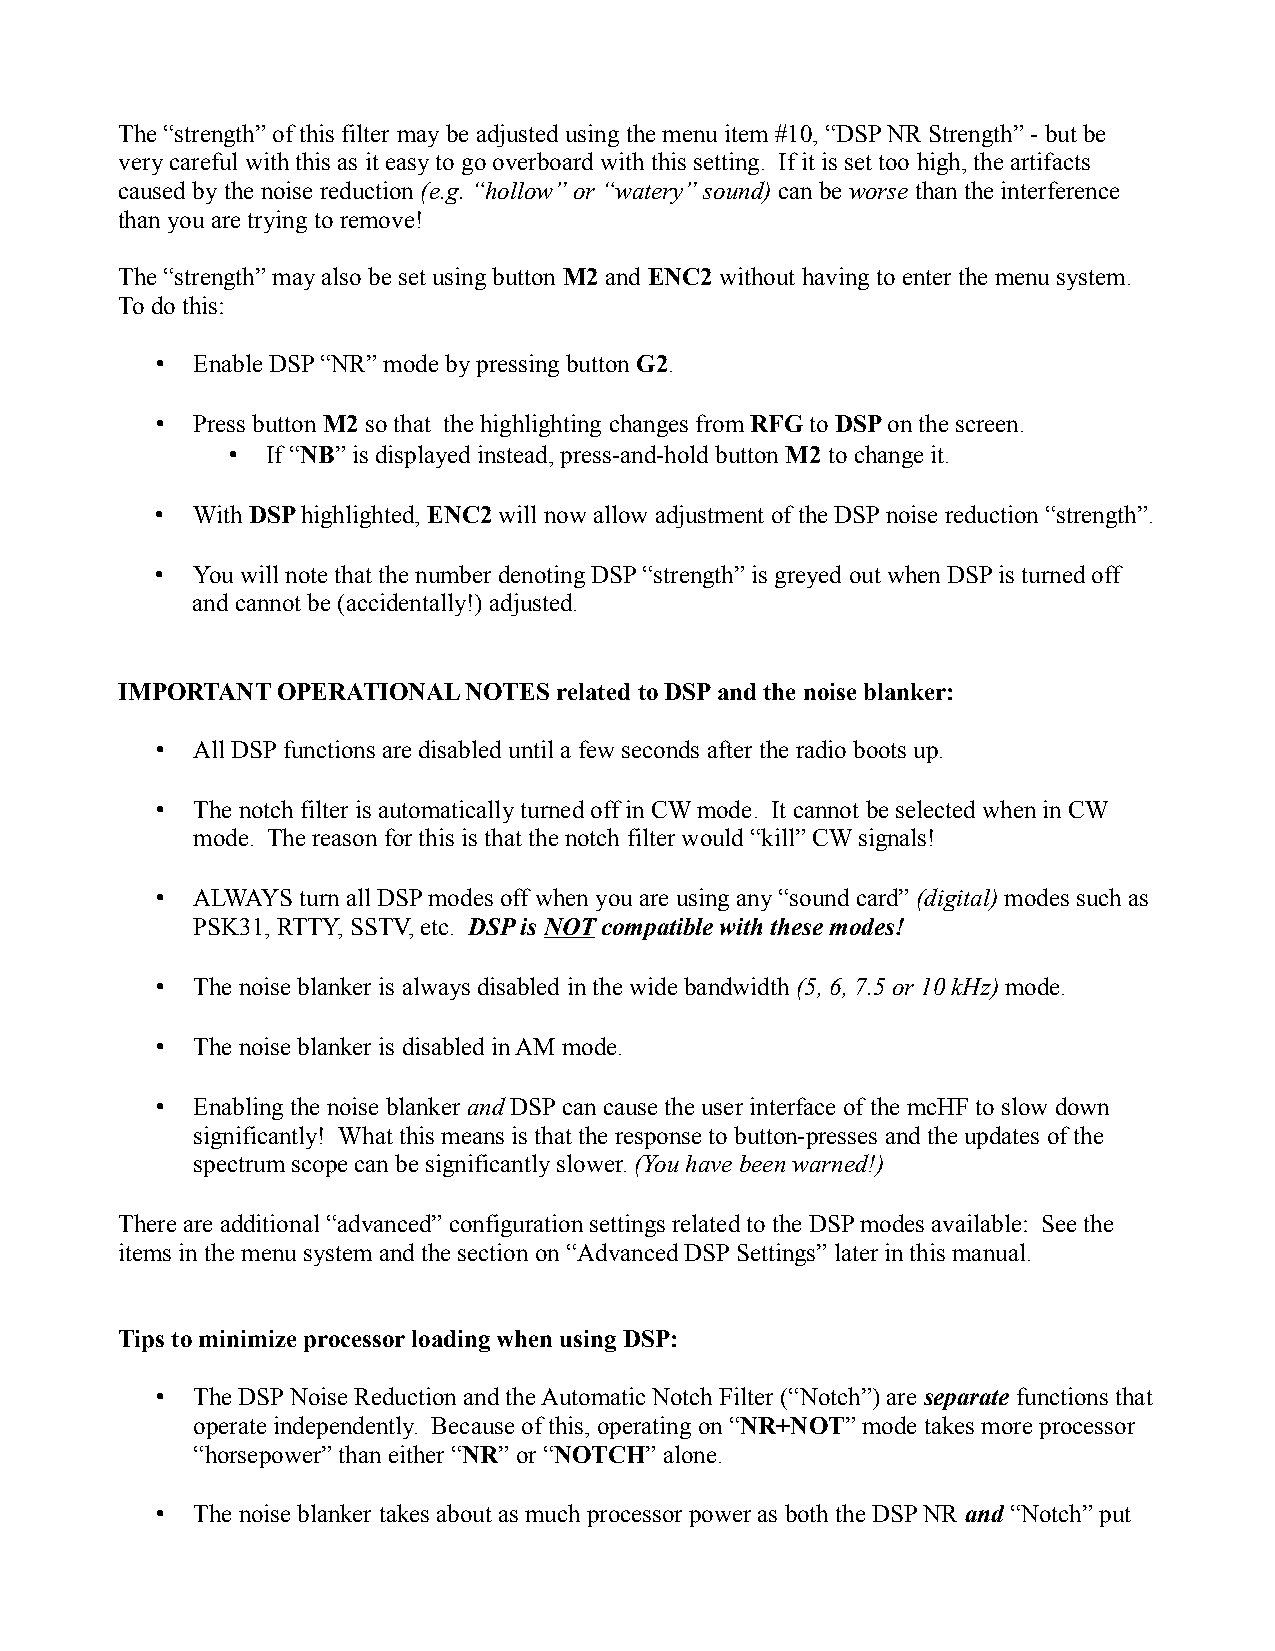
The “strength” of this filter may be adjusted using the menu item #10, “DSP NR Strength” - but be
 very careful with this as it easy to go overboard with this setting. If it is set too high, the artifacts
 caused by the noise reduction (e.g. “hollow” or “watery” sound) can be worse than the interference
 than you are trying to remove!
 The “strength” may also be set using button M2 and ENC2 without having to enter the menu system.
 To do this:
 •  Enable DSP “NR” mode by pressing button G2.
 •  Press button M2 so that the highlighting changes from RFG to DSP on the screen.
 •  If “NB” is displayed instead, press-and-hold button M2 to change it.
 •  With DSP highlighted, ENC2 will now allow adjustment of the DSP noise reduction “strength”.
 •  You will note that the number denoting DSP “strength” is greyed out when DSP is turned off
 and cannot be (accidentally!) adjusted.
 IMPORTANT OPERATIONAL  NOTES related to DSP and the noise blanker:
 •  All DSP functions are disabled until a few seconds after the radio boots up.
 •  The notch filter is automatically turned off in CW mode. It cannot be selected when in CW
 mode. The reason for this is that the notch filter would “kill” CW signals!
 •  ALWAYS turn all DSP modes off when you are using any “sound card” (digital) modes such as
 PSK31, RTTY, SSTV, etc. DSP is NOT compatible with these modes!
 •  The noise blanker is always disabled in the wide bandwidth (5, 6, 7.5 or 10 kHz) mode.
 •  The noise blanker is disabled in AM mode.
 •  Enabling the noise blanker and DSP can cause the user interface of the mcHF to slow down
 significantly! What this means is that the response to button-presses and the updates of the
 spectrum scope can be significantly slower. (You have been warned!)
 There are additional “advanced” configuration settings related to the DSP modes available: See the
 items in the menu system and the section on “Advanced DSP Settings” later in this manual.
 Tips to minimize processor loading when using DSP:
 •  The DSP Noise Reduction and the Automatic Notch Filter (“Notch”) are separate functions that
 operate independently. Because of this, operating on “NR+NOT” mode takes more processor
 “horsepower” than either “NR” or “NOTCH” alone.
 •  The noise blanker takes about as much processor power as both the DSP NR and “Notch” put